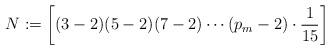
LaTeX: \begin{align*}N:=\biggl[(3-2)(5-2)(7-2)\cdots(p_m-2)\cdot\frac{1}{15}\biggr]\end{align*}